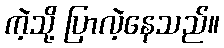
ကဲ့သို့ ပြာလဲ့နေသည်။